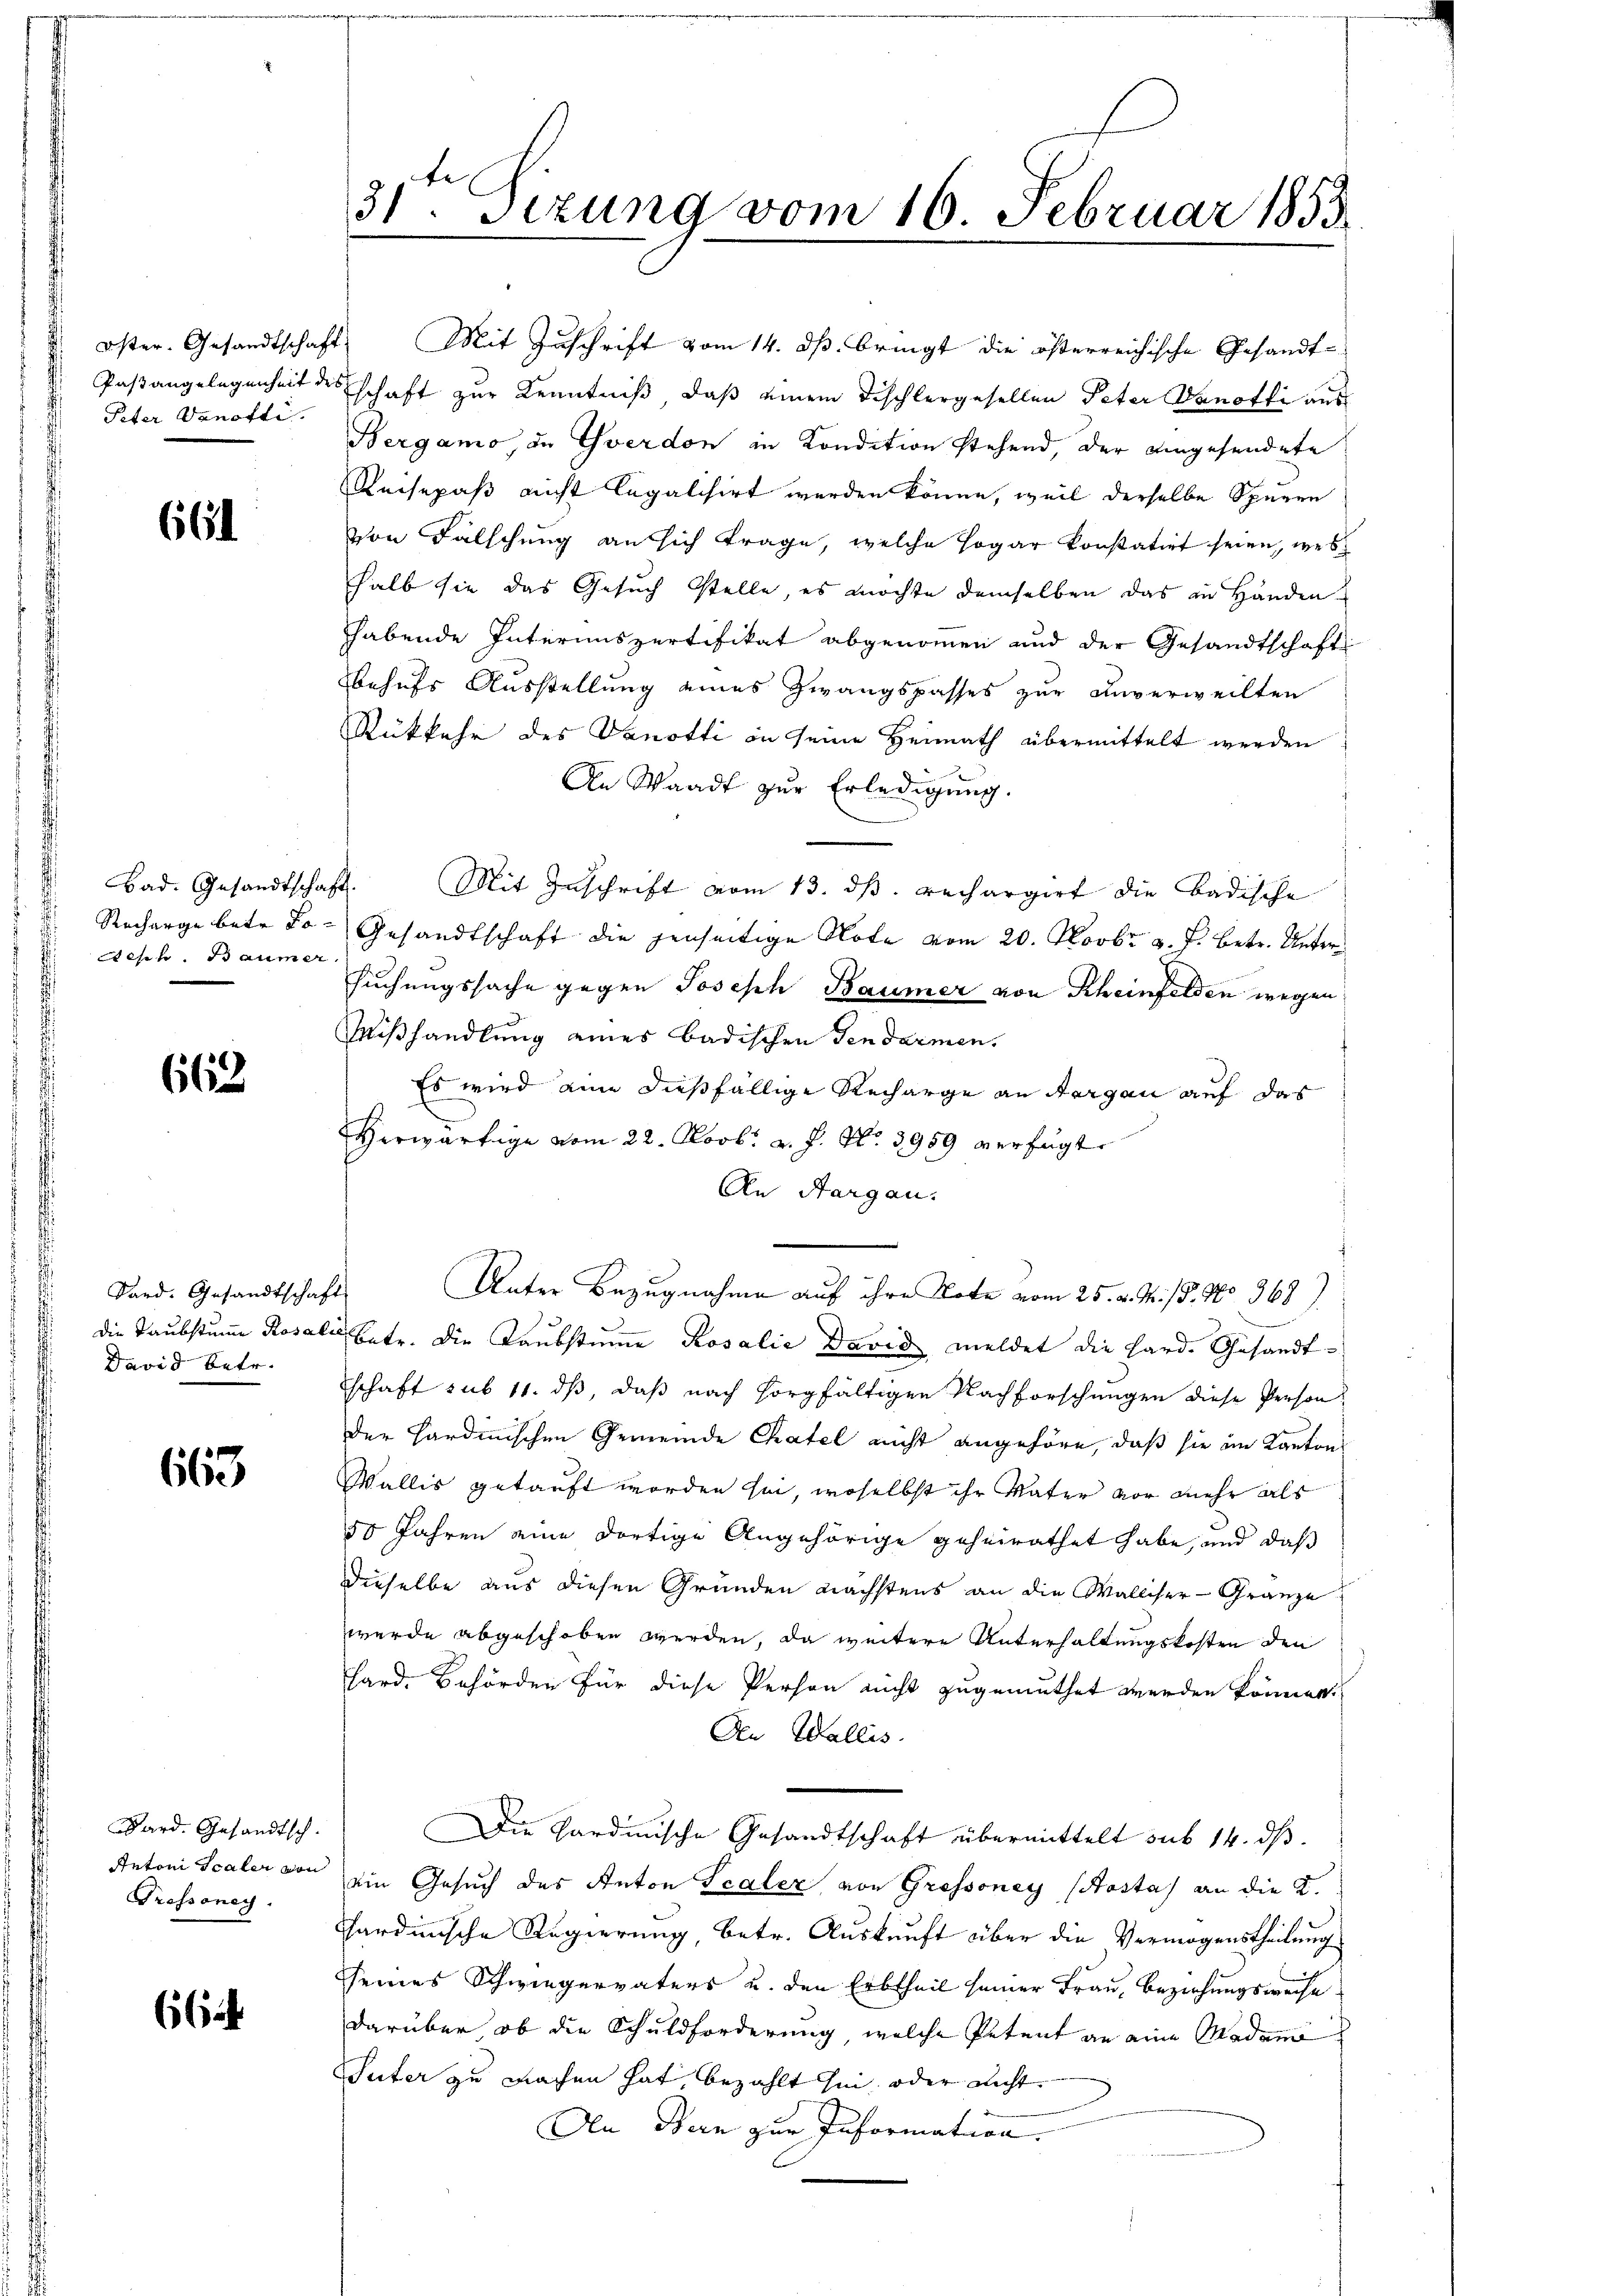
Peter Vanofti.

664

Aesch. Baumer

662

Sard. Gesandtschaft
David betr.

663

Bard. Gesandtsch.
Antoni scaler von
Trossoney.

66

31ten Sizung vom 16. Februar 1853.

Reisepaß nicht legalisirt werden könne, weil derselbe Spuren
von Fälschung an sich Frage, welche sogar konstatirt seien, wes
halb sie das Gesuch stelle, es möchte demselben das in Händen
habende Interimspertifikat abgenommen und der Gesandtschaft
Behufs Ausstellung eines Zwangspasses zur Unverweilten
Rükkehr des Vanotti in seine Heimath übermittelt werden
An Waadt zur Erledigung.
Bad. Gesandtschaft. Mit Zuschrift vom 13. dβ. rechargirt die Badische
 Recharge betr. Jo- Gesandtschaft die jenseitige Note vom 20. Novbr. v. J. betr. Untersuchungssache gegen Joseph Baumer von Rheinfelden wegen
Mißhandlung eines badischen Gendarmen.
Es wird aine dießfällige Recharge an dergan auf das
Herwärtige vom 22. Novb. v. J. No. 3959 verfügt
An Aargau.
Unter Bezugnahme auf ihre Note vom 25. d. J. / 5. No. 368
die Taubstume Rosale betr. die Taubstumme Rosalie David meldet die Hard. Gesandtschaft sub 11. ds, daß nach sorgfältigen Nachforschungen diese Person
der Hardinischen Gemeinde Chatel nicht angehöre, daß sie im Kantons
Wallis getauft worden sei, woselbst ihr Vater vor mehr als
50 Jahren eine dortige Angehörige geheirathet habe, und daß
dieselbe aus diesen Gründen nächstens an die Walliser-Granze
wurde abgeschoben werden, da weitere Unterhaltungskosten den
hard. Behörden für diese Person nicht zugemuthet werden können.
Den Wallis.
Die Gardinische Gesandtschaft übermittelt sub 14. ds.
ein Gesuch des Anton Scaler von Grossoney (Posta) an die 2.
cardinische Regierung, betr. Auskunft über die Vermögenstheilung
seines Schwiegervaters u. den Erbtheil seiner Frau, Beziehungsweise
darüber ob die Schuldforderung, welche Petent an eine Madam
Suter zu machen hat, bezahlt hin, oder nicht
An Bern zur Information.

öster Gesandtschaft Mit Zuschrift vom 14. dß. bringt die österreichische Gesandt-
Pastangelegenheit des schaft zur Kenntniß, daß einem Tischlergesellen Peter Sanoffe aus
Bergamo, zu Yverdon in Kondition stehend, der eingesendete